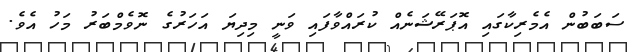
ސަބަބުން އެމެރިކާގައި އޮޕަރޭޝަނެއް ކުރައްވާފައި ވަނީ މިދިޔަ އަހަރުގެ ނޮވެމްބަރު މަހު އެވެ.